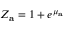
Z _ { \mathbf { a } } = 1 + e ^ { \mu _ { \mathbf { a } } }